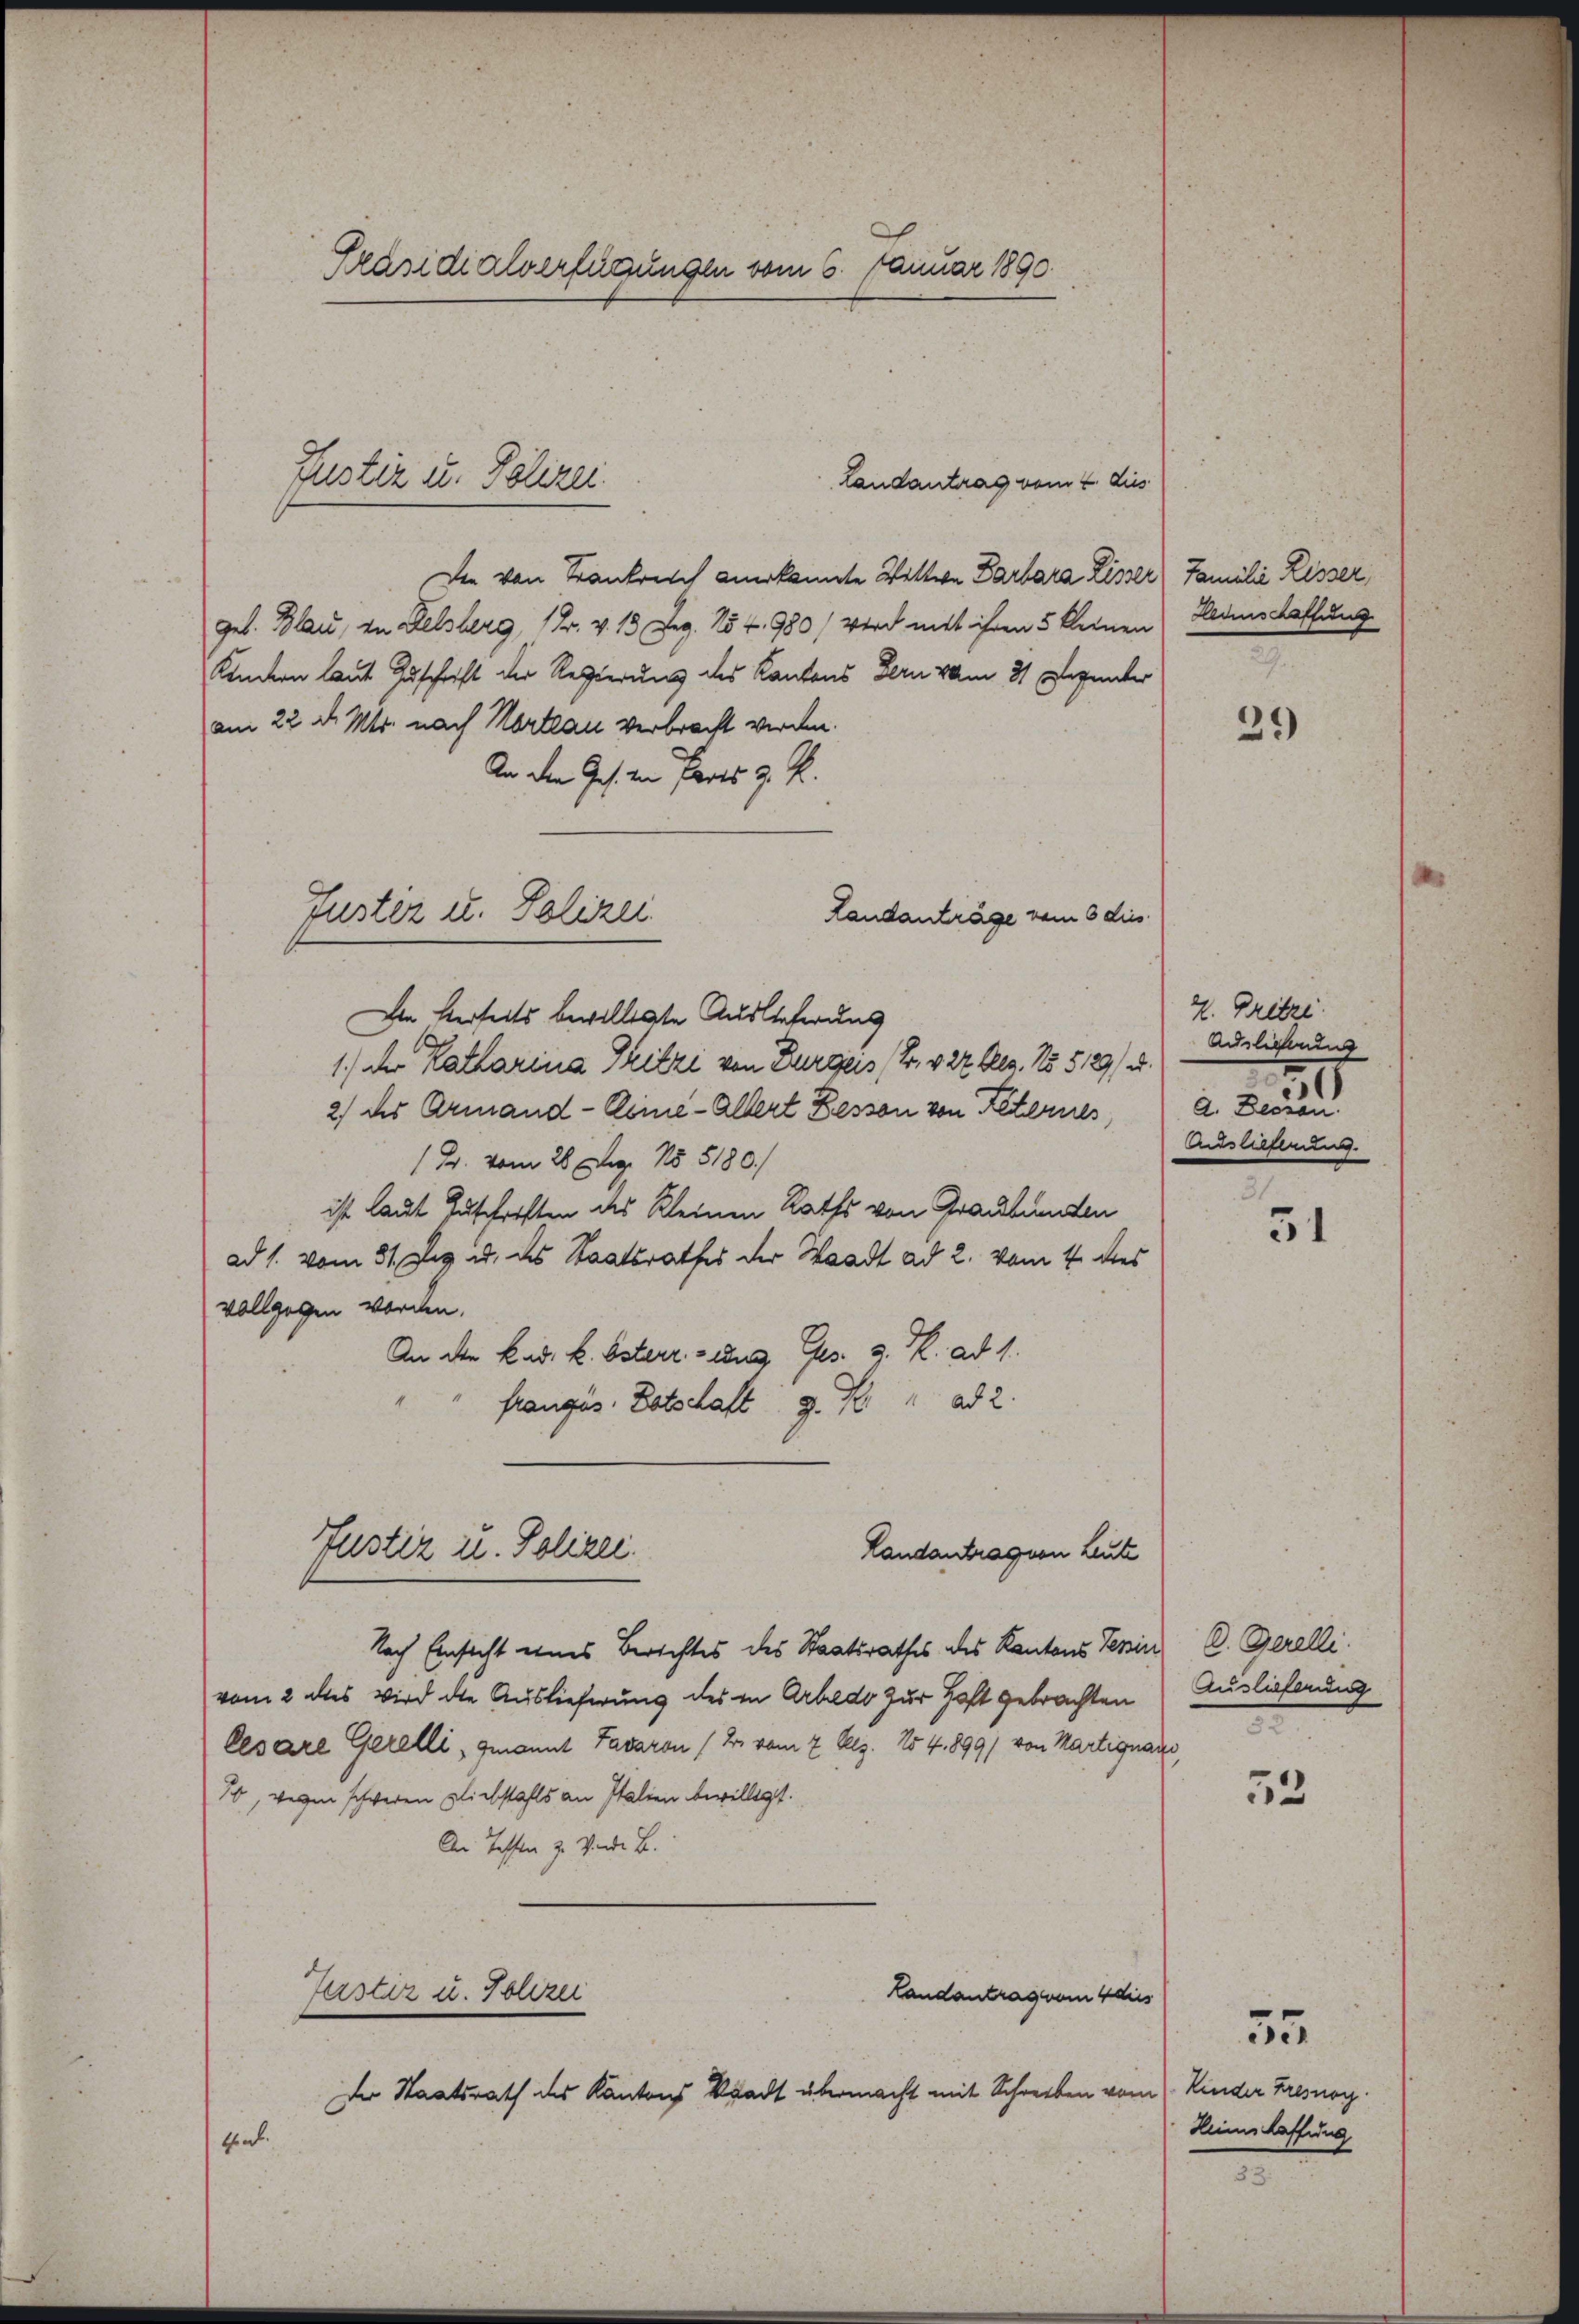
Präsidialverfügungen vom 6. Januar 1890.

Landantrag vom 2. dies
Die von Krankreich anerkannte Wittwe Barbara Lisser Familie Lisser
geb. Blau, zu Delsberg, 1 Fr. v. 13 Dez. 151. 980) Wird mit ihren 5 kleinen Bedenschaffung
Kindern laut Zuschrift der Regierung des Kantons Bern vom 31. Denunter
am 22. d. Mts. nach Karteau verbracht werden.
An den Jes. von Parts z. R.
Landanträge vom 6 dies
Den Herseits bewilligte Auslieferung
1.) Der Katharina Tritzi von Burgers F. v. 27 Dez. No 5129/4.
2) des Armand - Reine-Allert Bessen von Peternes,
1 Fr. vom 28. Dez. No 5180.)
ist laut Zuschriften des Kleinen Raths von Graubünden
ad 1. vom 31. Jez u. des Staatsrathes der Waadt ad 2. vom 4. des
vollgegen worden.
An die k. k. Osterr. und Ges. z. R. ad 1.
srangus Patschaft g. K  ad 2.
Justiz u. Polizei.
Landantragen Leute
Nach Einsicht eines Berichtes des Staatsrathes des Kantons Tessin, C. Gerelli
vom 2 des wird die Auslieferung des in Arbedo zur Haft gebrachten
Cesare Gerelli, genannt Bavaron (Dr. vom 7. Dez. 154. 899/ von Martignano,
10, wegen schweren Liebstahls an Italien bewilligt.
An Tassen z. Wende B.
Justiz u. Polizei
Landantrag vom 4 dies

Justiz u. Polizei.

Justiz u. Polizei

Der Staatsrath des Kantons Stadt übermacht mit Schreiben vom Kinder Fresnoy.
theat.

29)

2. Fritze.
Auslichung
2
A. Dessan
Auslieferung.

31
51

53

35

Auslieferung

Heims laffung